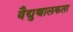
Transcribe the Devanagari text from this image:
वैद्युच्चालकता